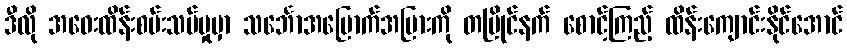
ဒီလို အဝေးထိန်းစမ်းသပ်မှုမှာ သင်္ဘောအမြောက်အမြားကို တပြိုင်နက် စောင့်ကြည့် ထိန်းကျောင်းနိုင်အောင်